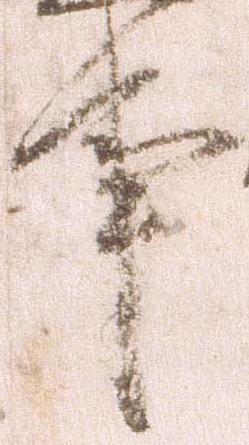
事